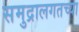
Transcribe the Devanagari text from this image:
समुद्रालगतच्या